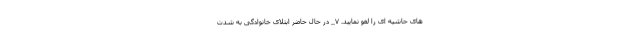
های حاشیه ای را لغو نمایید. ۷_ در حال حاضر ابتلای خانوادگی به شدت